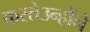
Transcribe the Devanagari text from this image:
करतेउन्होंने